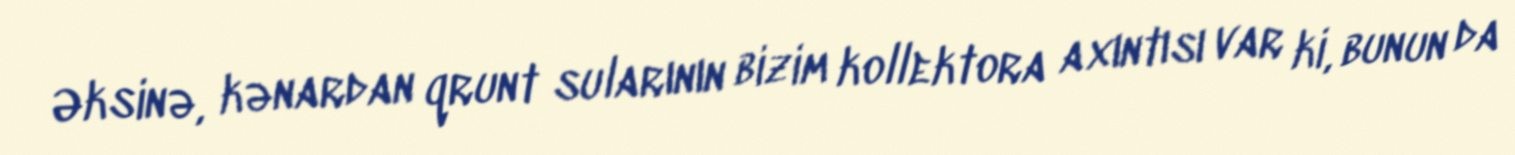
Əksinə, kənardan qrunt sularının bizim kollektora axıntısı var ki, bunun da